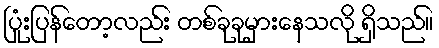
ပြုံးပြန်တော့လည်း တစ်ခုခုမှားနေသလို ရှိသည်။